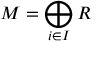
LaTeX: M = \bigoplus _ { i \in I } R